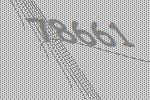
78661